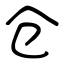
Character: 仓